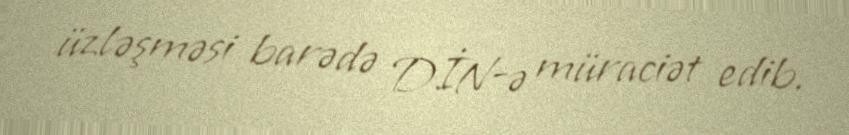
üzləşməsi barədə DİN-ə müraciət edib.